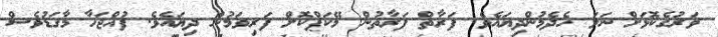
ވަރުގެކޮޅަށް ނަލަ ހެދެމުންދިޔައެވެ. ފަރާތް ފަރާތުން މޭކަޕްކޮށް ފަރިވަމުން ދިޔައެވެ. ފުއްޖަހާ މާގަޑުވެސް